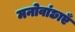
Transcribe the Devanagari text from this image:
मनोवांछाएँ